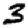
Digit: 3